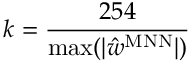
k = \frac { 2 5 4 } { \operatorname* { m a x } ( | \hat { w } ^ { \mathrm { M N N } } | ) }